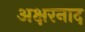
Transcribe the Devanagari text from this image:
अक्षरनाद